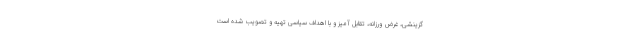
گزینشی، غرض ورزانه، تقابل آمیز و با اهداف سیاسی تهیه و تصویب شده است